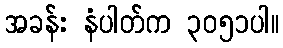
အခန်း နံပါတ်က ၃၀၅၁ပါ။